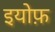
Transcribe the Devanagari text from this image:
इयोफ़